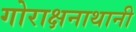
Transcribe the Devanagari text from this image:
गोराक्षनाथानी